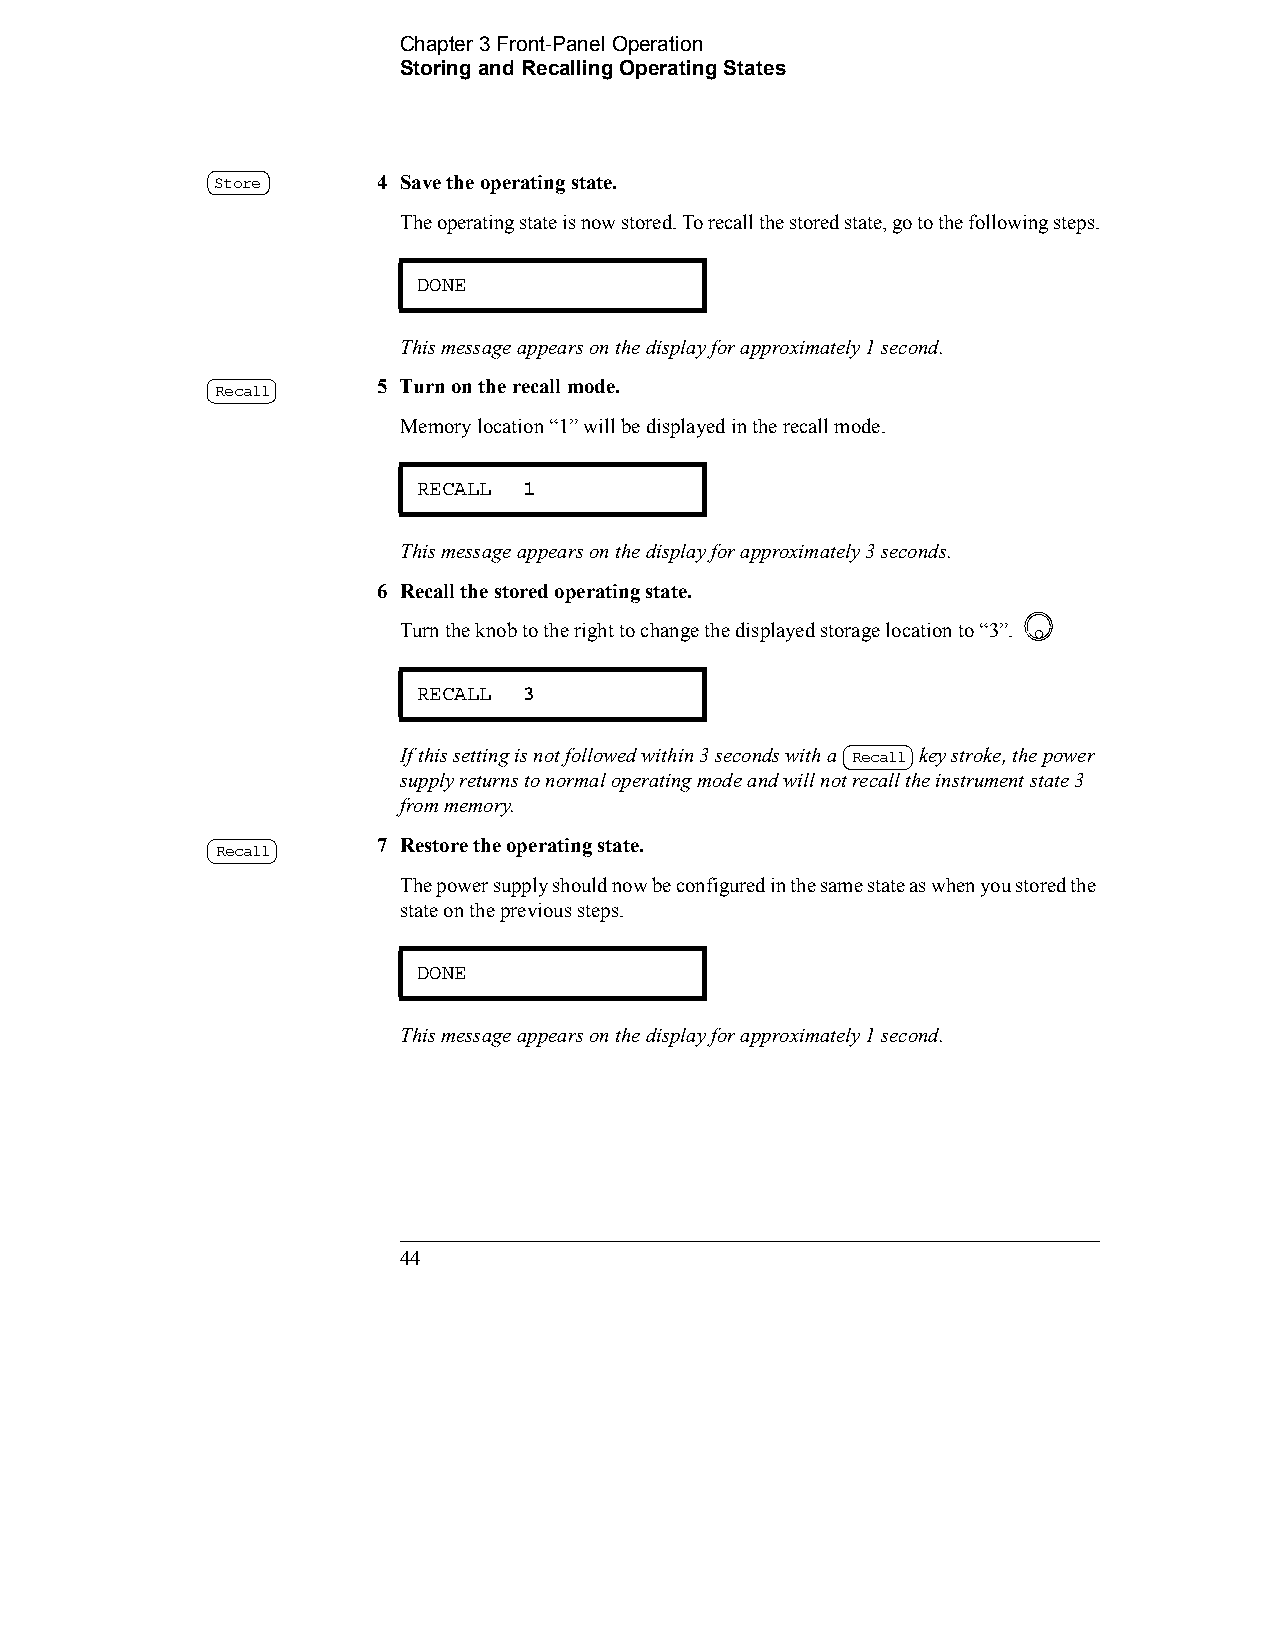
Chapter 3 Front-Panel Operation         
 Storing and Recalling Operating States
 Store      4 Save the operating state.
 The operating state is now stored. To recall the stored state, go to the following steps.
 DONE
 This message appears on the display for approximately 1 second.
 5 Turn on the recall mode.
 Recall
 Memory location “1” will be displayed in the recall mode.
 RECALL 1
 This message appears on the display for approximately 3 seconds.
 6 Recall the stored operating state.
 Turn the knob to the right to change the displayed storage location to “3”.
 RECALL 3
 If this setting is not followed within 3 seconds with a Recall key stroke, the power
 supply returns to normal operating mode and will not recall the instrument state 3
 from memory.
 7 Restore the operating state.
 Recall
 The power supply should now be configured in the same state as when you stored the
 state on the previous steps.
 DONE
 This message appears on the display for approximately 1 second.
 44                                             